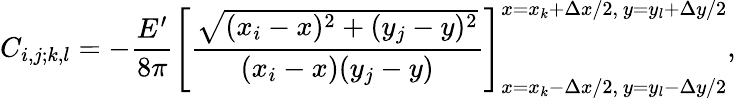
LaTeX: C_{i,j;k,l}=-\frac{E^{\prime}}{8\pi}\left[\frac{\sqrt{(x_{i}-x)^{2}+(y_{j}-y)^{2}}}{(x_{i}-x)(y_{j}-y)}\right]_{x=x_{k}-\Delta x/2,~y=y_{l}-\Delta y/2}^{x=x_{k}+\Delta x/2,~y=y_{l}+\Delta y/2},